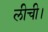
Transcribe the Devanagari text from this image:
लीची।